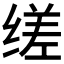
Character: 𬘷